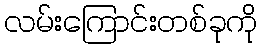
လမ်းကြောင်းတစ်ခုကို